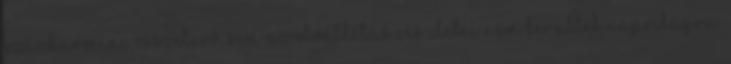
százharminc összetevő, sem az előállítás részletei nem kerültek napvilágra.